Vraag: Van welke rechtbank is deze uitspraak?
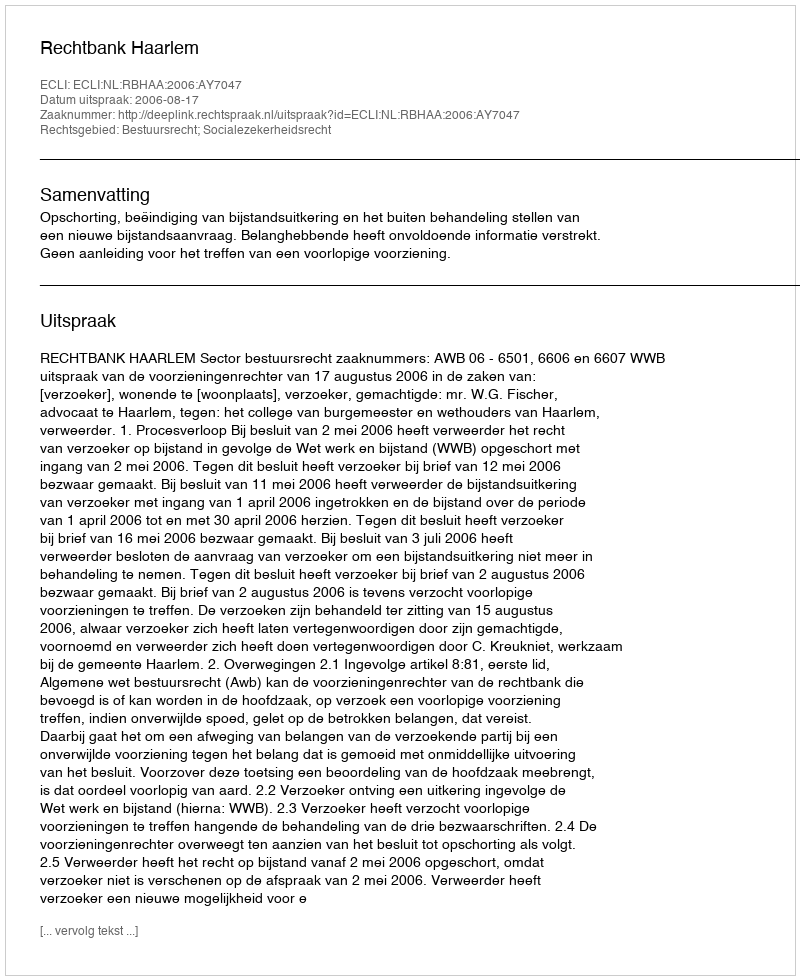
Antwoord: Rechtbank Haarlem